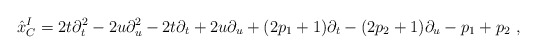
\begin{align*}{\hat x}_C^I= 2t \partial^2_t - 2u \partial^2_u - 2t\partial_t + 2u\partial_u + (2p_1+1) \partial_t - (2p_2+1) \partial_u - p_1 + p_2\ ,\end{align*}